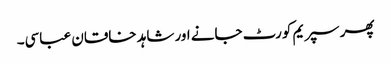
پھر سپریم کورٹ جانے اور شاہد خاقان عباسی۔